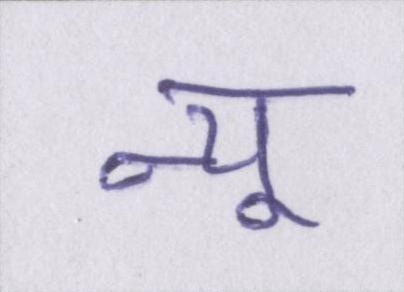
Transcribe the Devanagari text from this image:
न्यू